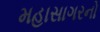
મહાસાગરનો